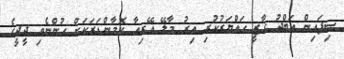
ސިފައިން އަބްދު ގާޒީ ހައްޔަރުކުރި އިރު މާލޭ އޭރިއާ ކޮމާންޑަރަކަށް ހުންނެވި ދީދީގެ